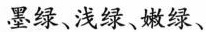
墨绿、浅绿、嫩绿、